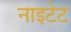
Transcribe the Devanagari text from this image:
नाइटेट